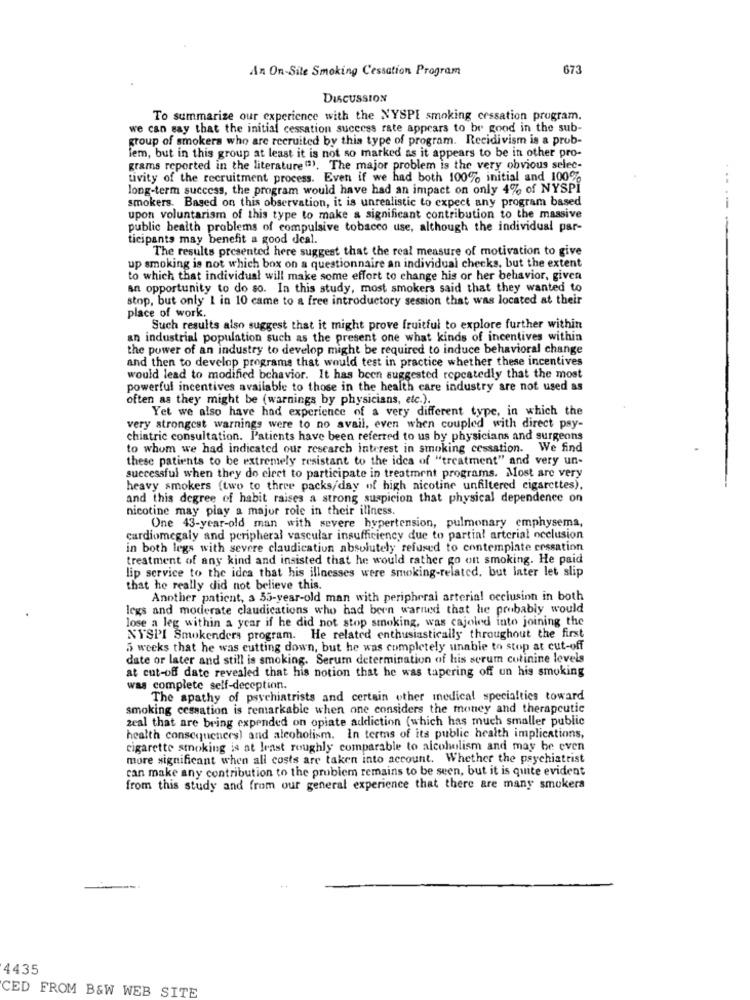
An On-Site Smoking Cessation Program
673
DISCUSSION
To summarize our experience with the NYSPI smoking cessation program.
we can say that the initial cessation success rate appears to be good in the sub-
group of smokers who are recruited by this type of program. Recidivism is a prob-
lem, but in this group at least it is not so marked as it appears to be in other pro-
grams reported in the literature"). The major problem is the very obvious selec-
Livity of the recruitment process. Even if we had both 100% initial and 100%
long-term success, the program would have had an impact on only 4% of NYSPI
smokers. Based on this observation, it is unrealistic to expect any program based
upon voluntarism of this type to make a significant contribution to the massive
public health problems of compulsive tobacco use, although the individual par-
ticipants may benefit a good deal.
The results presented here suggest that the real measure of motivation to give
up smoking is not which box on a questionnaire an individual checks, but the extent
to which that individual will make some effort to change his or her behavior, given
an opportunity to do so. In this study, most smokers said that they wanted to
stop, but only 1 in 10 came to a free introductory session that was located at their
place of work.
Such results also suggest that it might prove fruitful to explore further within
an industrial population such as the present one what kinds of incentives within
the power of an industry to develop might be required to induce behavioral change
and then to develop programs that would test in practice whether these incentives
would lead to modified behavior. It has been suggested repeatedly that the most
powerful incentives available to those in the health care industry are not used as
often as they might be (warnings by physicians, etc.).
Yet we also have had experience of a very different type, in which the
very strongest warnings were to no avail, even when coupled with direct psy-
chiatric consultation. Patients have been referred to us by physicians and surgeons
to whom we had indicated our research interest in smoking cessation. We find
these patients to be extremely resistant to the idea of "treatment" and very un-
successful when they do ciret to participate in treatment programs. Most are very
heavy smokers (two to three packs/day of high nicotine unfiltered cigarettes).
and this degree of habit raises a strong suspicion that physical dependence on
nicotine may play a major role in their illness.
One 43-year-old man with severe hypertension, pulmonary emphysema,
cardiomegaly and peripheral vascular insufficiency due to partial arterial occlusion
in both legs with severe claudication absolutely refused to contemplate cessation
treatment of any kind and insisted that he would rather go on smoking. He paid
lip service to the idea that his illnesses were smoking-related. but later let slip
that he really did not believe this.
Another patient, a 55-year-old man with peripheral arterial occlusion in both
legs and moderate claudications who had been warned that he probably would
lose a leg within a year if he did not stop smoking, was cajoled into joining the
NYSPI Smokenders program. He related enthusiastically throughout the first
5 weeks that he was cutting down, but he was completely unable to stop at cut-off
date or later and still is smoking. Serum determination of his serum cutinine levels
at cut-off date revealed that his notion that he was tapering off un his smoking
was complete self-deception.
The apathy of psychiatrists and certain other medical specialties toward
smoking cessation is remarkable when one considers the money and therapeutic
zeal that are bring expended on opiate addiction (which has much smaller public
health consequences) and alcoholism. In terms of its public health implications,
cigarette smoking is at least roughly comparable to alcoholism and may be even
more significant when all costs are taken into account. Whether the psychiatrist
can make any contribution to the problem remains to be seen, but it is quite evident
from this study and from our general experience that there are many smokers
4435
CED FROM B&W WEB SITE